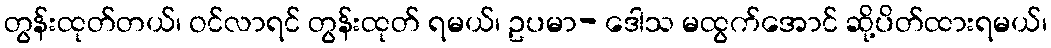
တွန်းထုတ်တယ်၊ ဝင်လာရင် တွန်းထုတ် ရမယ်၊ ဥပမာ- ဒေါသ မထွက်အောင် ဆို့ပိတ်ထားရမယ်၊